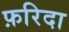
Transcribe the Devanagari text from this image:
फ़रिदा